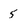
Character: 5